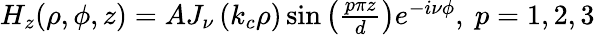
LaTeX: \begin{array}{r}{H_{z}(\rho,\phi,z)=AJ_{\nu}\left(k_{c}\rho\right)\sin\left(\frac{p\pi z}{d}\right)e^{-i\nu\phi},\space p=1,2,3}\end{array}